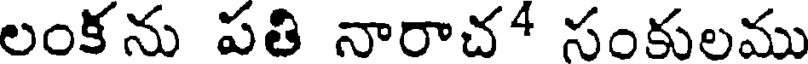
లంకను పతి నారాచ* సంకులము